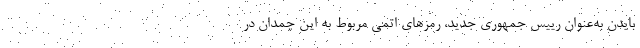
بایدن به‌عنوان رییس جمهوری جدید، رمزهای اتمی مربوط به این چمدان در